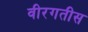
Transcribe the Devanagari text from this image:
वीरगतीस